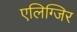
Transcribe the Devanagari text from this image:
एलिग्जिर